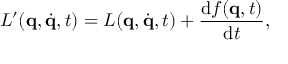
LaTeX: L ^ { \prime } ( \mathbf { q } , { \dot { \mathbf { q } } } , t ) = L ( \mathbf { q } , { \dot { \mathbf { q } } } , t ) + { \frac { \mathrm { d } f ( \mathbf { q } , t ) } { \mathrm { d } t } } ,